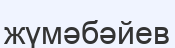
жүмәбәйев